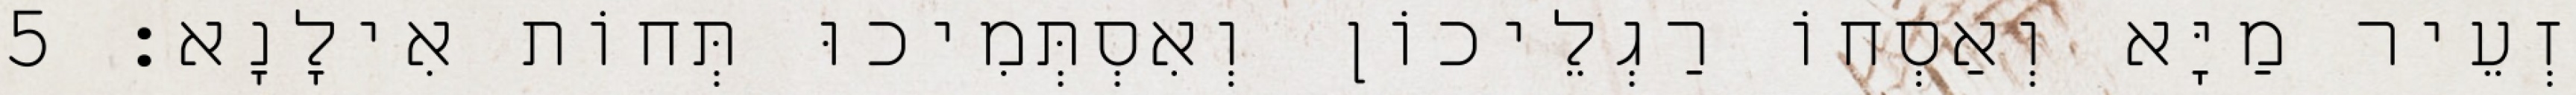
זְעֵיר מַיָּא וְאַסְחוֹ רַגְלֵיכוֹן וְאִסְתְּמִיכוּ תְּחוֹת אִילָנָא׃ 5